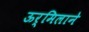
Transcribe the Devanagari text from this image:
ऊर्मिलाने